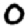
Digit: 0